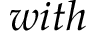
w i t h